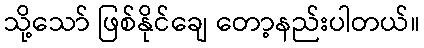
သို့သော် ဖြစ်နိုင်ချေ တော့နည်းပါတယ်။